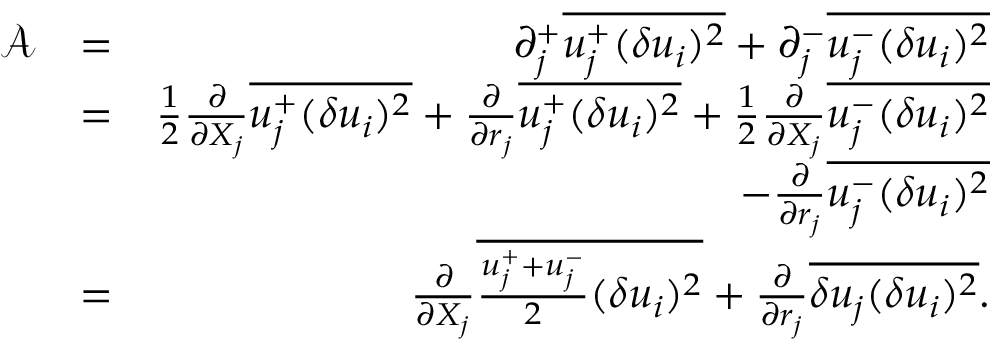
\begin{array} { r l r } { \mathcal { A } } & { = } & { \partial _ { j } ^ { + } \overline { { u _ { j } ^ { + } ( \delta u _ { i } ) ^ { 2 } } } + \partial _ { j } ^ { - } \overline { { u _ { j } ^ { - } ( \delta u _ { i } ) ^ { 2 } } } } \\ & { = } & { \frac { 1 } { 2 } \frac { \partial } { \partial { X _ { j } } } \overline { { u _ { j } ^ { + } ( \delta u _ { i } ) ^ { 2 } } } + \frac { \partial } { \partial { r _ { j } } } \overline { { u _ { j } ^ { + } ( \delta u _ { i } ) ^ { 2 } } } + \frac { 1 } { 2 } \frac { \partial } { \partial { X _ { j } } } \overline { { u _ { j } ^ { - } ( \delta u _ { i } ) ^ { 2 } } } } \\ & { } & { - \frac { \partial } { \partial { r _ { j } } } \overline { { u _ { j } ^ { - } ( \delta u _ { i } ) ^ { 2 } } } } \\ & { = } & { \frac { \partial } { \partial { X _ { j } } } \overline { { \frac { u _ { j } ^ { + } + u _ { j } ^ { - } } { 2 } ( \delta u _ { i } ) ^ { 2 } } } + \frac { \partial } { \partial { r _ { j } } } \overline { { \delta u _ { j } ( \delta u _ { i } ) ^ { 2 } } } . } \end{array}